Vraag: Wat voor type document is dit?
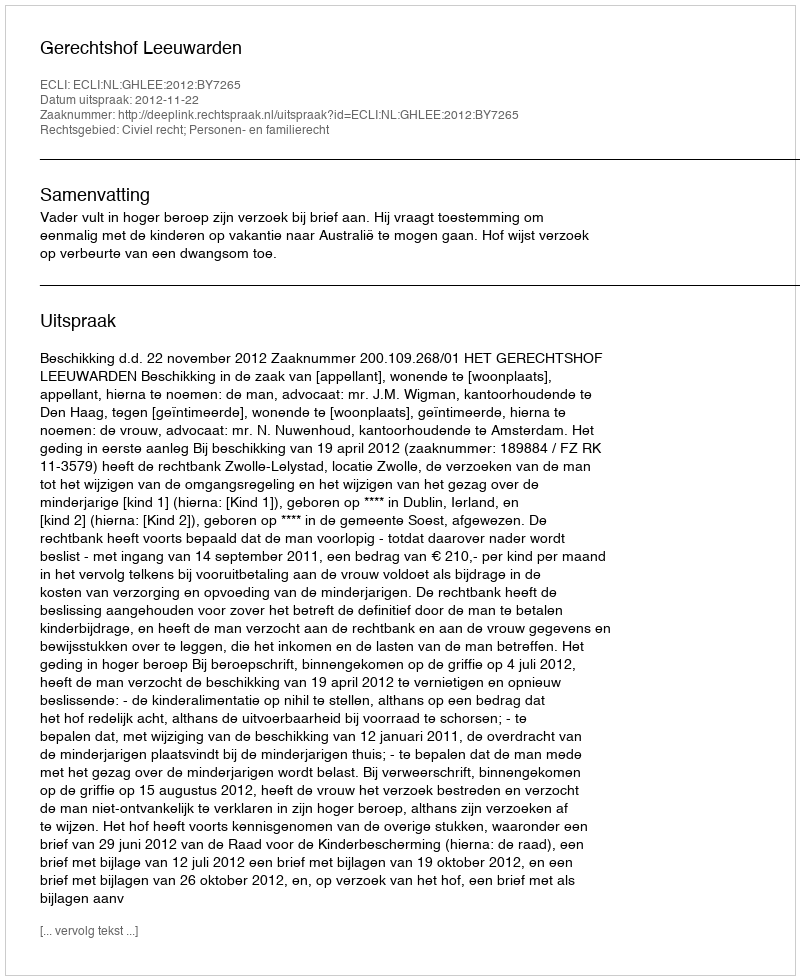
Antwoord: Uitspraak